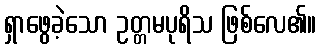
ရှာဖွေခဲ့သော ဥတ္တမပုရိသ ဖြစ်လေ၏။